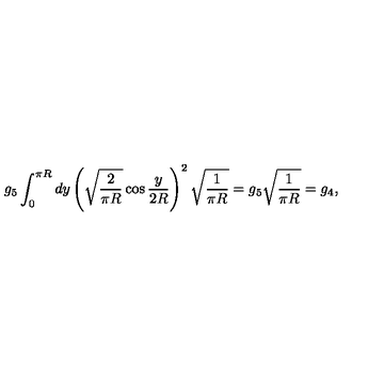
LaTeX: g _ { 5 } \int _ { 0 } ^ { \pi R } d y \left( \sqrt { \frac { 2 } { \pi R } } \cos \frac { y } { 2 R } \right) ^ { 2 } \sqrt { \frac { 1 } { \pi R } } = g _ { 5 } \sqrt { \frac { 1 } { \pi R } } = g _ { 4 } ,